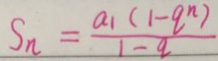
S _ { n } = \frac { a _ { 1 } ( 1 - q ^ { n } ) } { 1 - q }